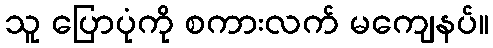
သူ ပြောပုံကို စကားလက် မကျေနပ်။